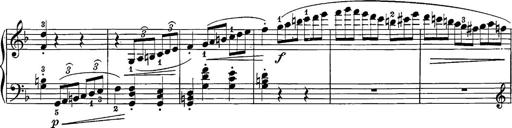
Title: 12 Sonatine per Pianoforte
Composer: Friedrich Kuhlau